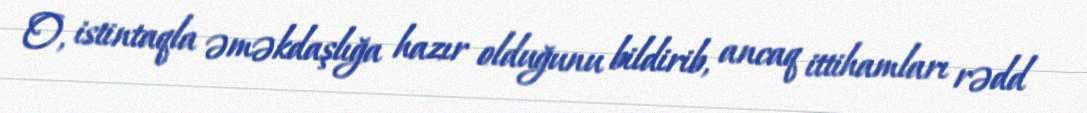
O, istintaqla əməkdaşlığa hazır olduğunu bildirib, ancaq ittihamları rədd